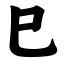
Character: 巳